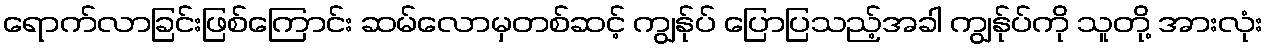
ရောက်လာခြင်းဖြစ်ကြောင်း ဆမ်လောမှတစ်ဆင့် ကျွန်ုပ် ပြောပြသည့်အခါ ကျွန်ုပ်ကို သူတို့ အားလုံး